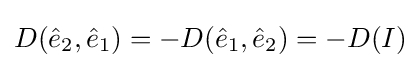
D({\hat {e}}_{2},{\hat {e}}_{1})=-D({\hat {e}}_{1},{\hat {e}}_{2})=-D(I)